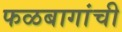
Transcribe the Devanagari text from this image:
फळबागांची